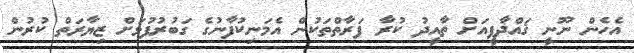
އެހެން ނޫނީ ޤައްޛާފީއަށް ތާއީދު ކުރާ ފަރާތްތަކުން އެމަނިކުފާނުގެ ގަބުރުފުޅަށް ޒިޔާރަތް ކުރުން